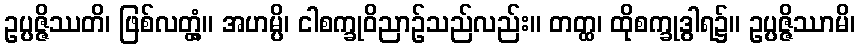
ဥပ္ပဇ္ဇိဿတိ၊ ဖြစ်လတ္တံ့။ အဟမ္ပိ၊ ငါစက္ခုဝိညာဉ်သည်လည်း။ တတ္ထ၊ ထိုစက္ခုဒွါရ၌။ ဥပ္ပဇ္ဇိဿာမိ၊